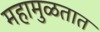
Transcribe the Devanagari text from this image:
महामुळतात